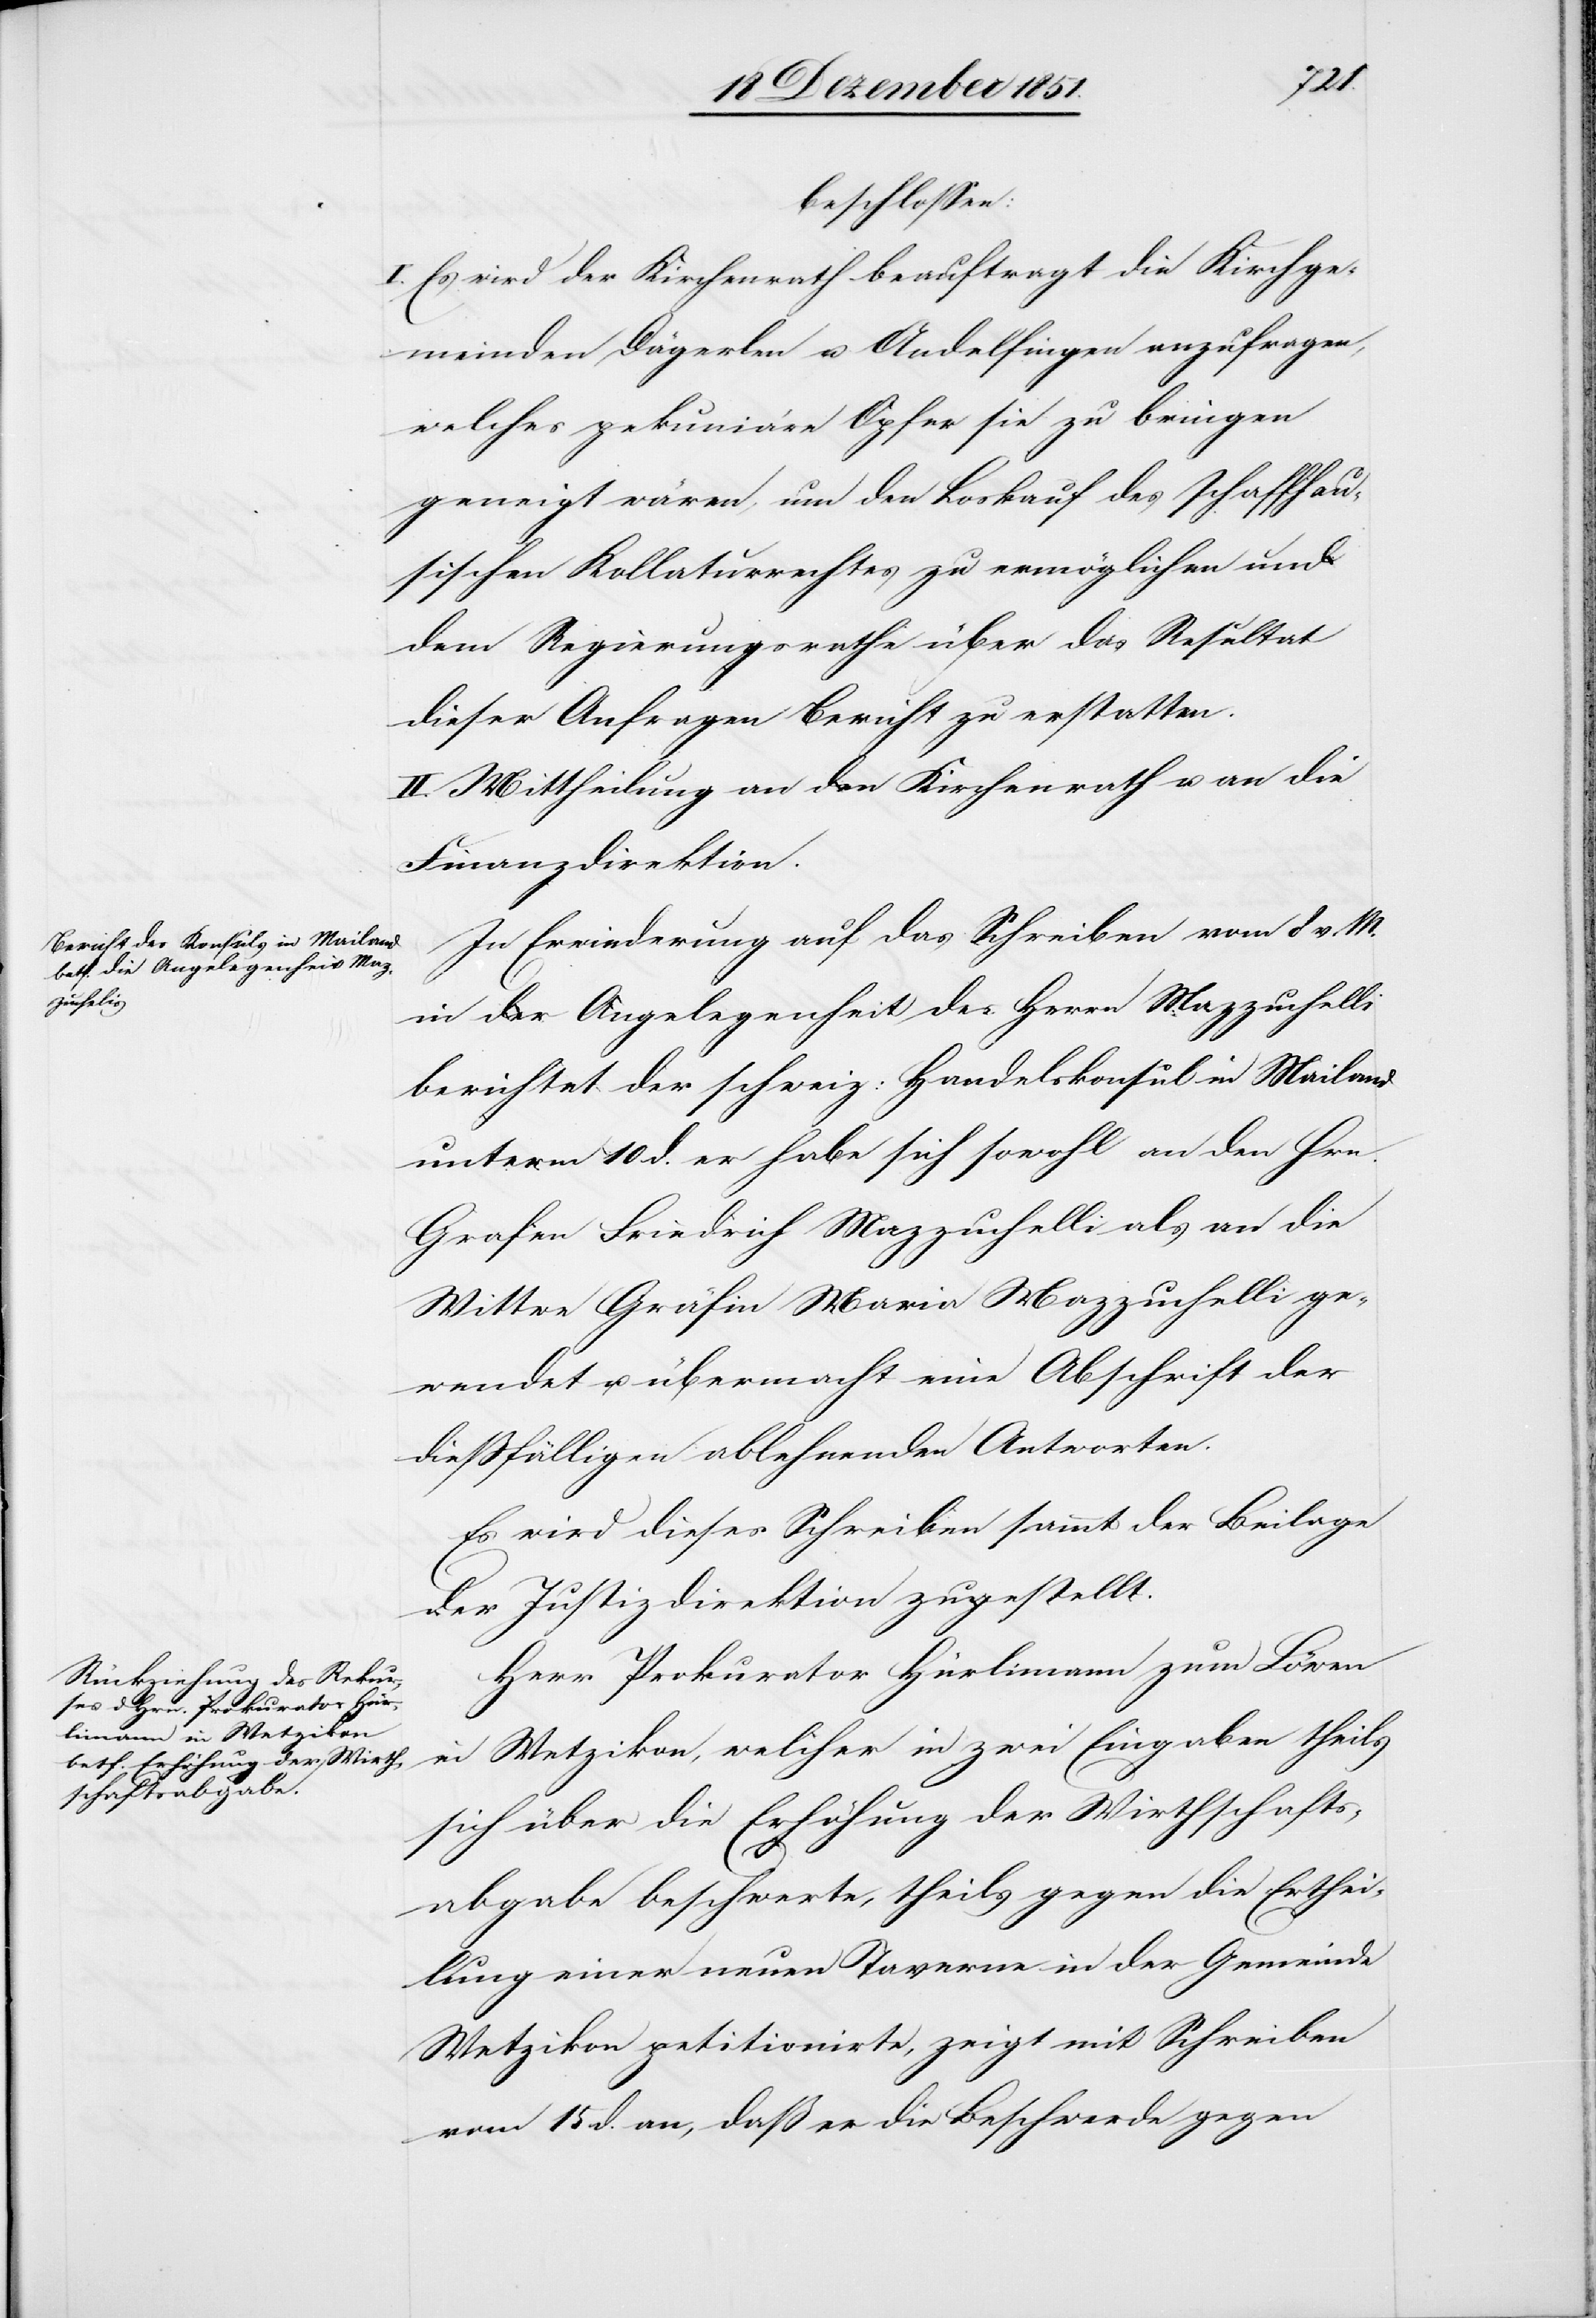
beschlossen:
I. Es wird der Kirchenrath beauftragt die Kirchge¬
meinden Dägerlen u. Andelfingen anzufragen,
welches pekuniäre Opfer sie zu bringen
geneigt wären, um den Loskauf des schaffhau¬
sischen Kollaturrechtes zu ermöglichen und
dem Regierungsrathe über das Resultat
dieser Anfragen Bericht zu erstatten.
II. Mittheilung an den Kirchenrath u. an die
Finanzdirektion.
In Erwiederung auf das Schreiben vom 8 v. M.
in der Angelegenheit des Herrn Mazzuchelli
berichtet der schweiz: Handelskonsul in Mailand
unterm 10 d. er habe sich sowohl an den Hrn.
Grafen Friedrich Mazzuchelli als an die
Wittwe Gräfin Maria Mazzuchelli ge¬
wendet u. übermacht eine Abschrift der
dießfälligen ablehnenden Antworten.
Es wird dieses Schreiben sammt der Beilage
der Justizdirektion zugestellt.
Herr Prokurator Hürlimann zum Löwen
in Wetzikon, welcher in zwei Eingaben theils
sich über die Erhöhung der Wirthschafts¬
abgabe beschwerte, theils gegen die Erthei¬
lung einer neuen Taverne in der Gemeinde
Wetzikon petitionirte, zeigt mit Schreiben
vom 15 d. an, daß er die Beschwerde gegen